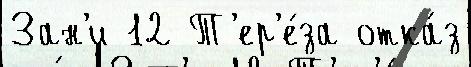
Зан'и 12 Т'ер'е́за отка́з